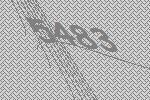
5483